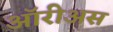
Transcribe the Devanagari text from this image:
ऑरीअस